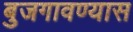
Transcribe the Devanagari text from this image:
बुजगावण्यास